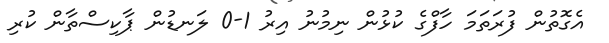
އެގޮތުން ފުރަތަމަ ހާފްގެ ކުޅުން ނިމުނު އިރު 1-0 ލަނޑުން ޕާކިސްތާން ކުރި